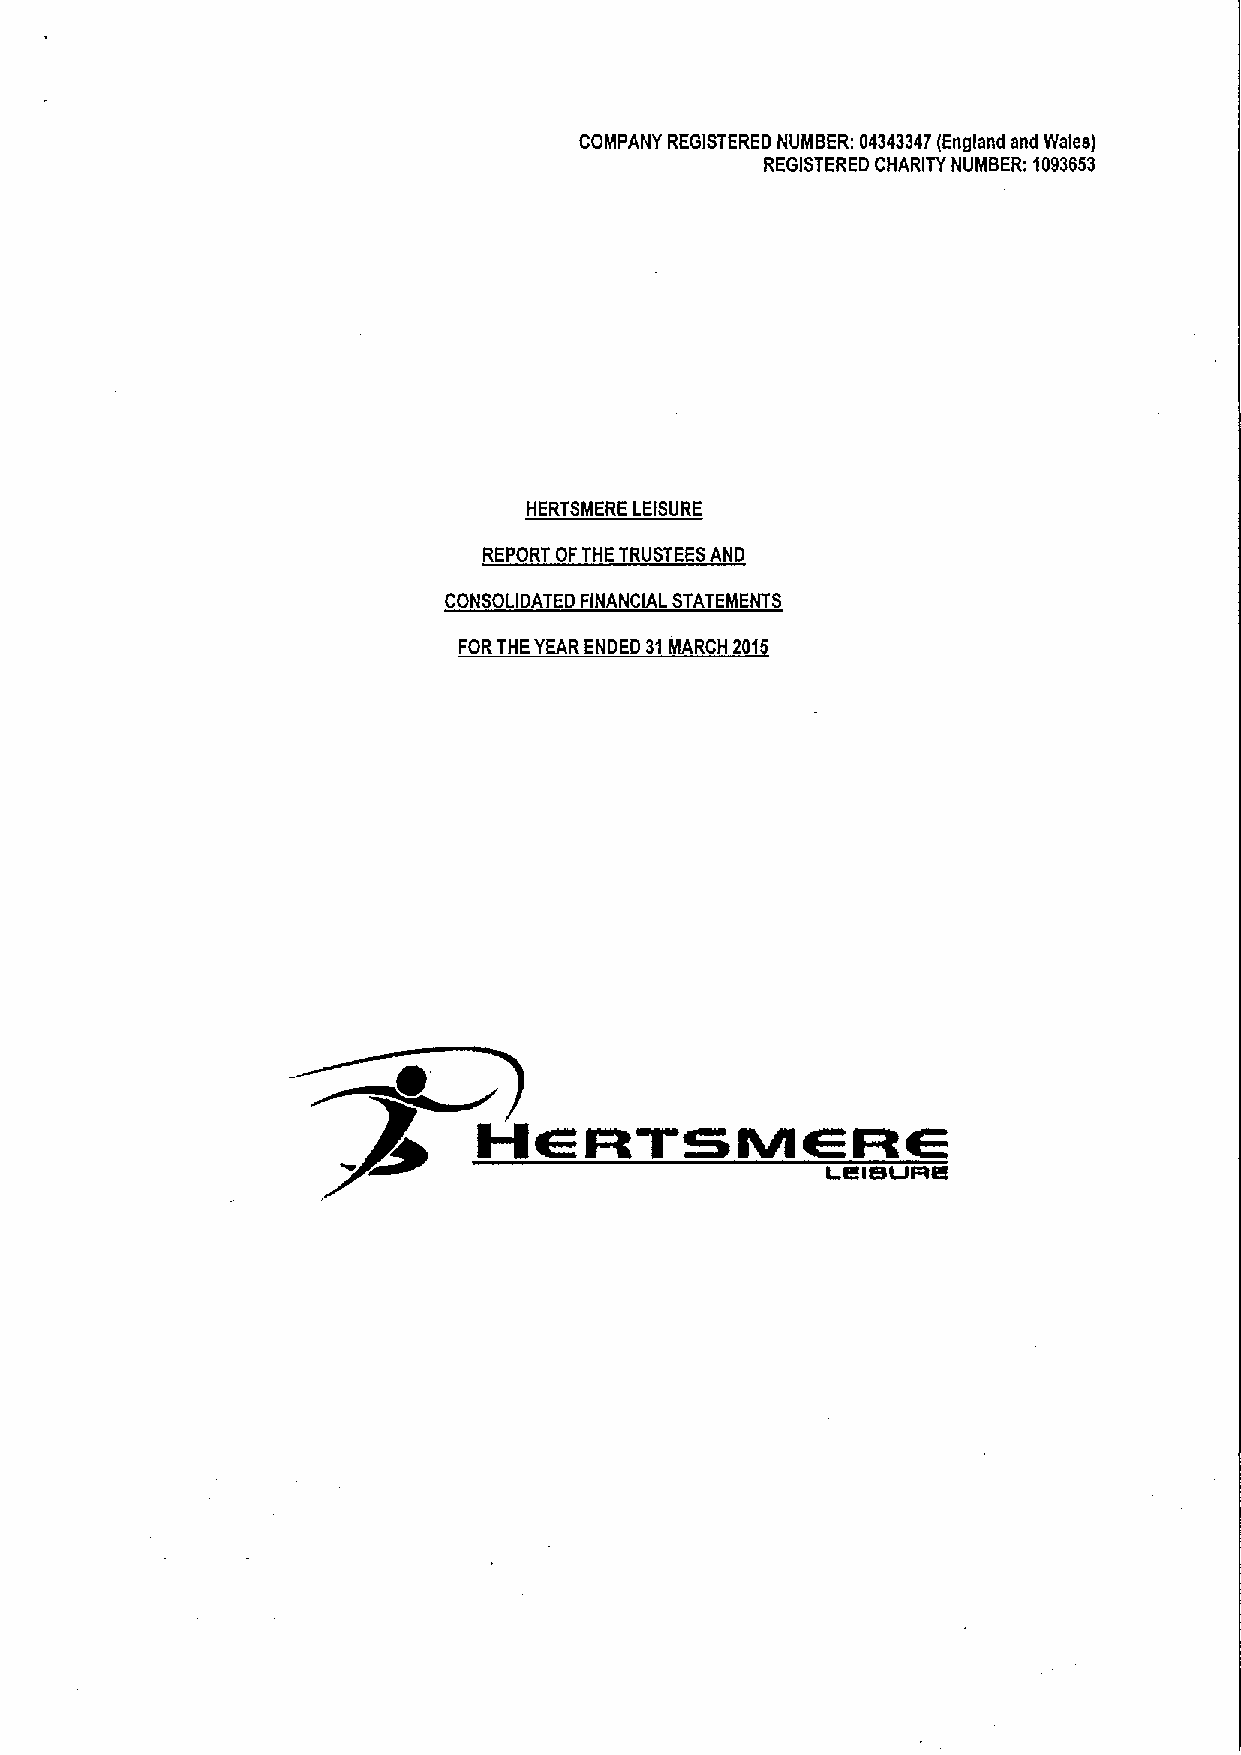
COMPANY REGISTERED NUMBER: 04343347(England and Wales)
 REGISTERED CHARITY NUMBER: 1093653
 HERTSMERE LEISURE
 REPORT OFTHE TRUSTEESAND
 CONSOLIDATED FINANCIAL STATEMENTS
 FORTHEYEARENDED 31MAR H 201